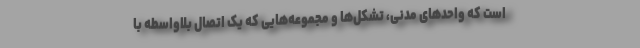
است که واحدهای مدنی، تشکل‌ها و مجموعه‌هایی که یک اتصال بلاواسطه با